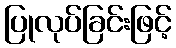
ပြုလုပ်ခြင်းဖြင့်